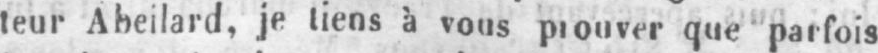
teur Abeilard, je tiens à vous prouver que parfois